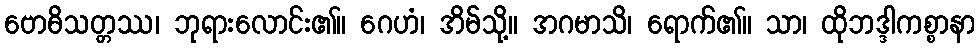
ဗောဓိသတ္တဿ၊ ဘုရားလောင်း၏။ ဂေဟံ၊ အိမ်သို့။ အဂမာသိ၊ ရောက်၏။ သာ၊ ထိုဘဒ္ဒါကစ္စာနာ